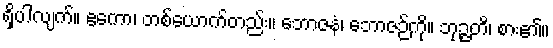
ရှိပါလျက်။ ဧကော၊ တစ်ယောက်တည်း။ ဘောဇနံ၊ ဘောဇဉ်ကို။ ဘုဉ္ဇတိ၊ စား၏။